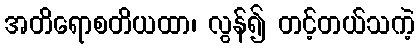
အတိရောစတိယထာ၊ လွန်၍ တင့်တယ်သကဲ့